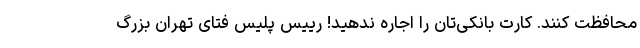
محافظت کنند. کارت بانکی‌تان را اجاره ندهید! رییس پلیس فتای تهران بزرگ